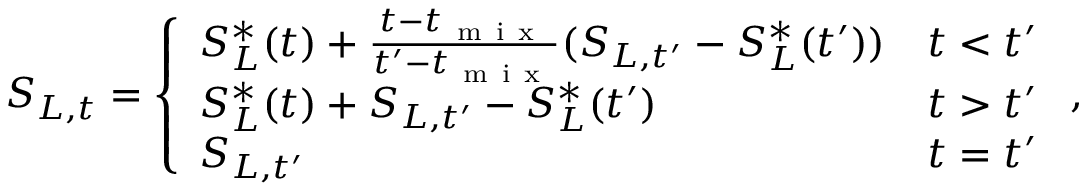
S _ { L , t } = \left\{ \begin{array} { l l } { S _ { L } ^ { \ast } ( t ) + \frac { t - t _ { \mathrm { ~ m ~ i ~ x ~ } } } { t ^ { \prime } - t _ { \mathrm { ~ m ~ i ~ x ~ } } } ( S _ { L , t ^ { \prime } } - S _ { L } ^ { \ast } ( t ^ { \prime } ) ) } & { t < t ^ { \prime } } \\ { S _ { L } ^ { \ast } ( t ) + S _ { L , t ^ { \prime } } - S _ { L } ^ { \ast } ( t ^ { \prime } ) } & { t > t ^ { \prime } } \\ { S _ { L , t ^ { \prime } } } & { t = t ^ { \prime } } \end{array} \right. ,